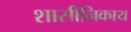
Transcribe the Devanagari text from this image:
शासीनिकाय